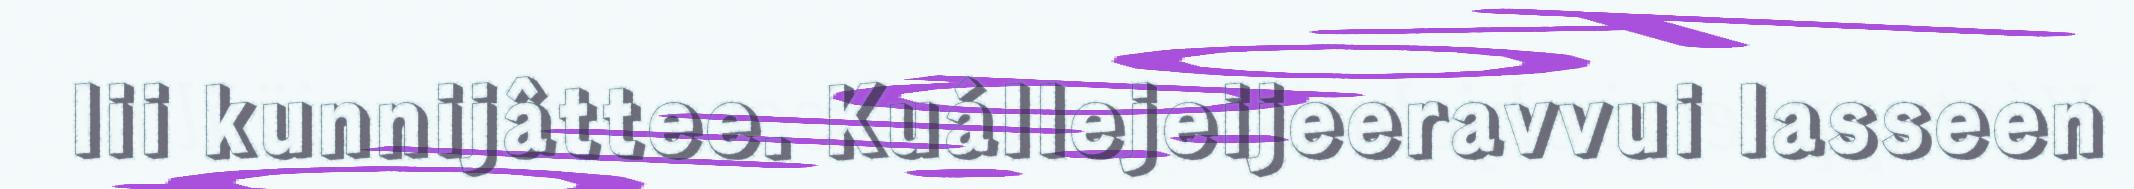
lii kunnijâttee. Kuállejeijeeravvui lasseen